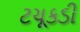
ટચૂકડી